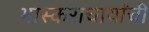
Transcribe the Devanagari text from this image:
भास्कराचार्यांची